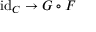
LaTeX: \operatorname { i d } _ { C } \to G \circ F